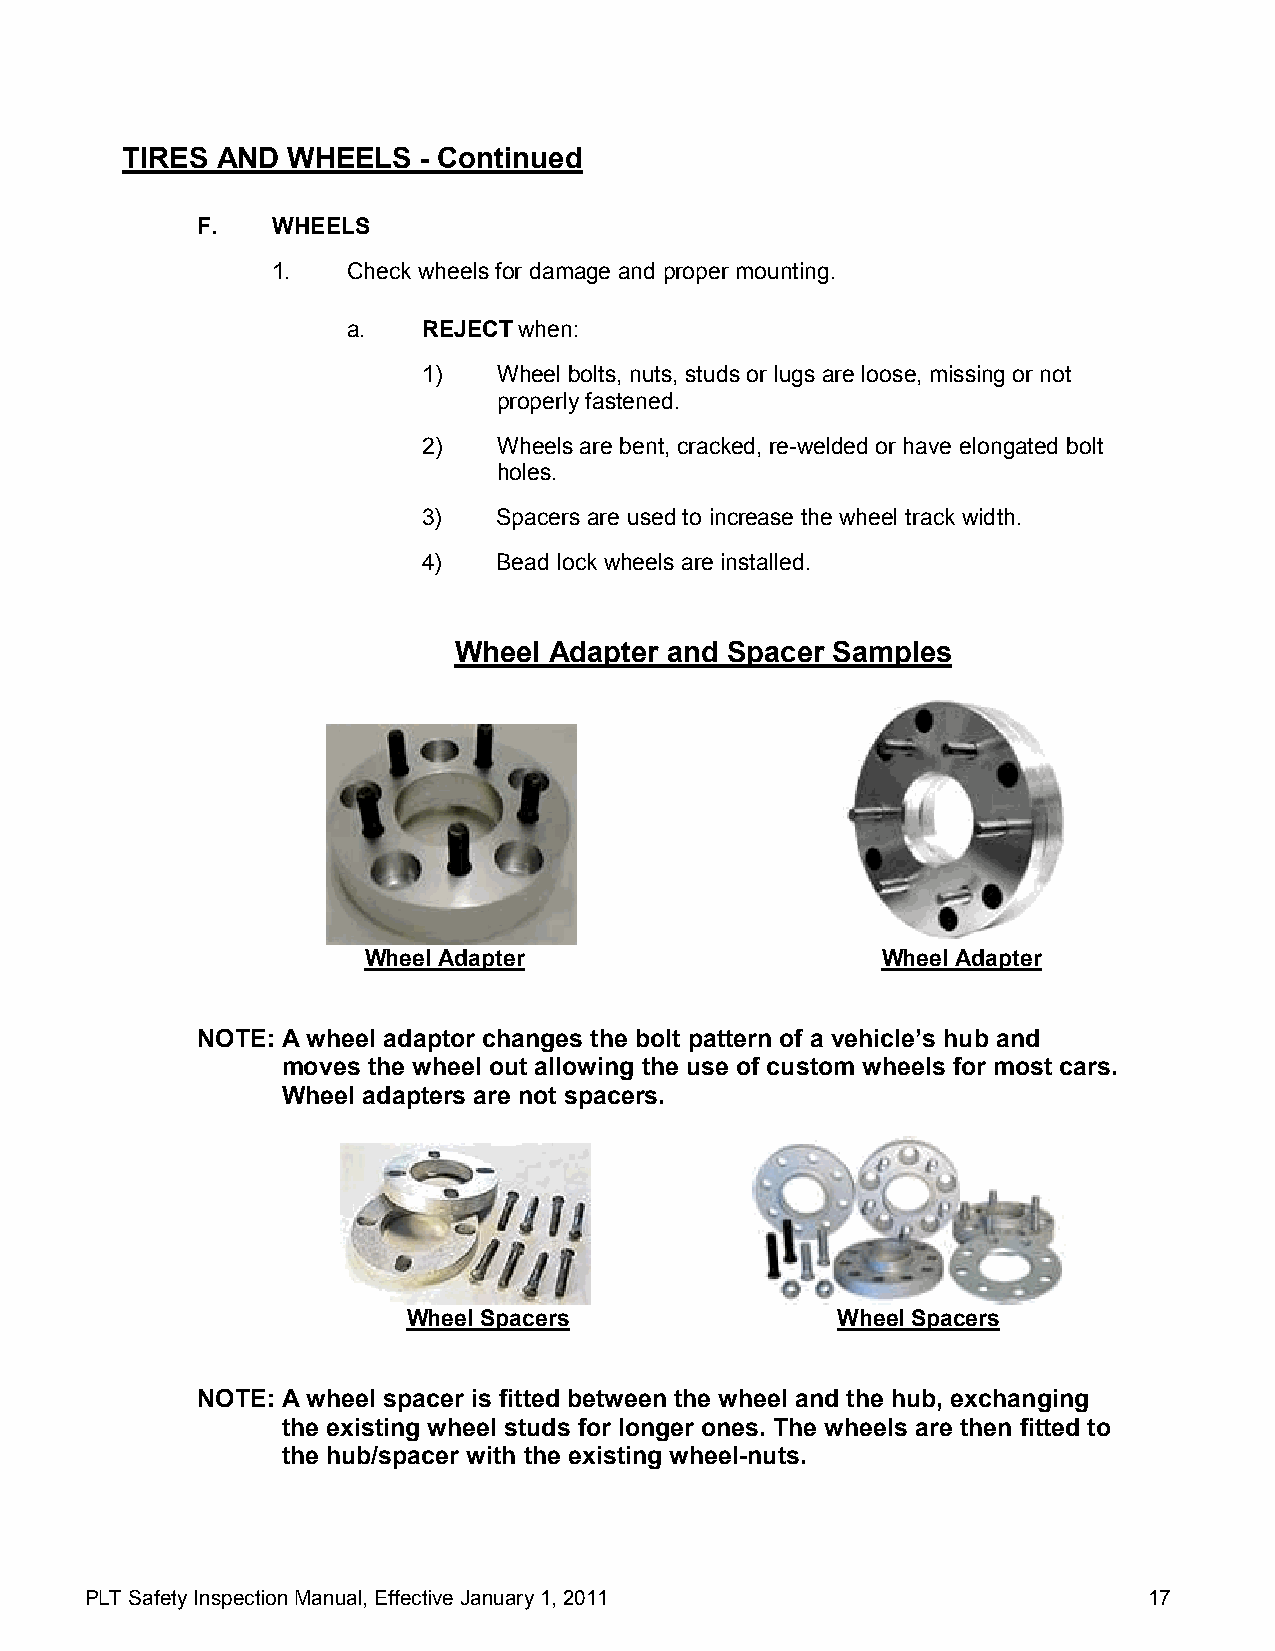
TIRES AND  WHEELS   - Continued
 F.   WHEELS
 1.   Check wheels for damage and proper mounting.
 a.   REJECT when:
 1)   Wheel bolts, nuts, studs or lugs are loose, missing or not
 properly fastened.
 2)   Wheels are bent, cracked, re-welded or have elongated bolt
 holes.
 3)   Spacers are used to increase the wheel track width.
 4)   Bead lock wheels are installed.
 Wheel Adapter and Spacer Samples
 Wheel Adapter                     Wheel Adapter
 NOTE: A wheel adaptor changes the bolt pattern of a vehicle’s hub and
 moves the wheel out allowing the use of custom wheels for most cars.
 Wheel adapters are not spacers.
 Wheel Spacers               Wheel Spacers
 NOTE: A wheel spacer is fitted between the wheel and the hub, exchanging
 the existing wheel studs for longer ones. The wheels are then fitted to
 the hub/spacer with the existing wheel-nuts.
 PLT Safety Inspection Manual, Effective January 1, 2011               17